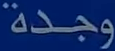
وجدة